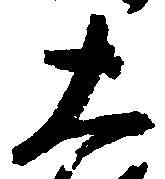
大